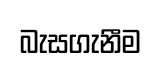
බැසගැනීම